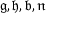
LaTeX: \mathfrak { g , h , b , n }